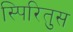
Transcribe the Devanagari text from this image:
स्पिरितुस